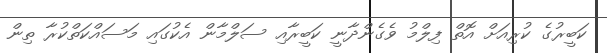
ކަބީރުގެ ކުރިއަށް އޮތް ފިލްމު ވެގެންދާނީ ކަބީރާއި ސަލްމާން އެކުގައި މަސައްކަތްކުރާ ތިން